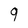
Character: 9